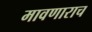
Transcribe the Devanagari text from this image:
मावणाराच